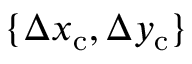
\{ \Delta x _ { \mathrm { c } } , \Delta y _ { \mathrm { c } } \}